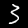
Digit: 3